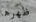
ظهرها